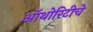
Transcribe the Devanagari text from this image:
ऑथोरिटीचे